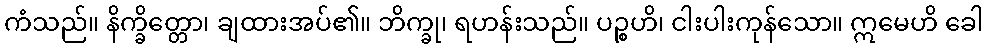
ကံသည်။ နိက္ခိတ္တော၊ ချထားအပ်၏။ ဘိက္ခု၊ ရဟန်းသည်။ ပဉ္စဟိ၊ ငါးပါးကုန်သော။ ဣမေဟိ ခေါ